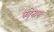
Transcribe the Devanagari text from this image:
फोनान